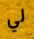
لي